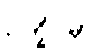
ဥက္ခိပိမှာ